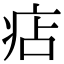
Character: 痁